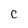
Character: C